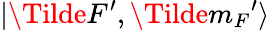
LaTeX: |\Tilde{F^{\prime}},\Tilde{m_{F}}^{\prime}\rangle